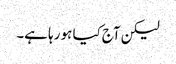
لیکن آج کیا ہو رہا ہے۔